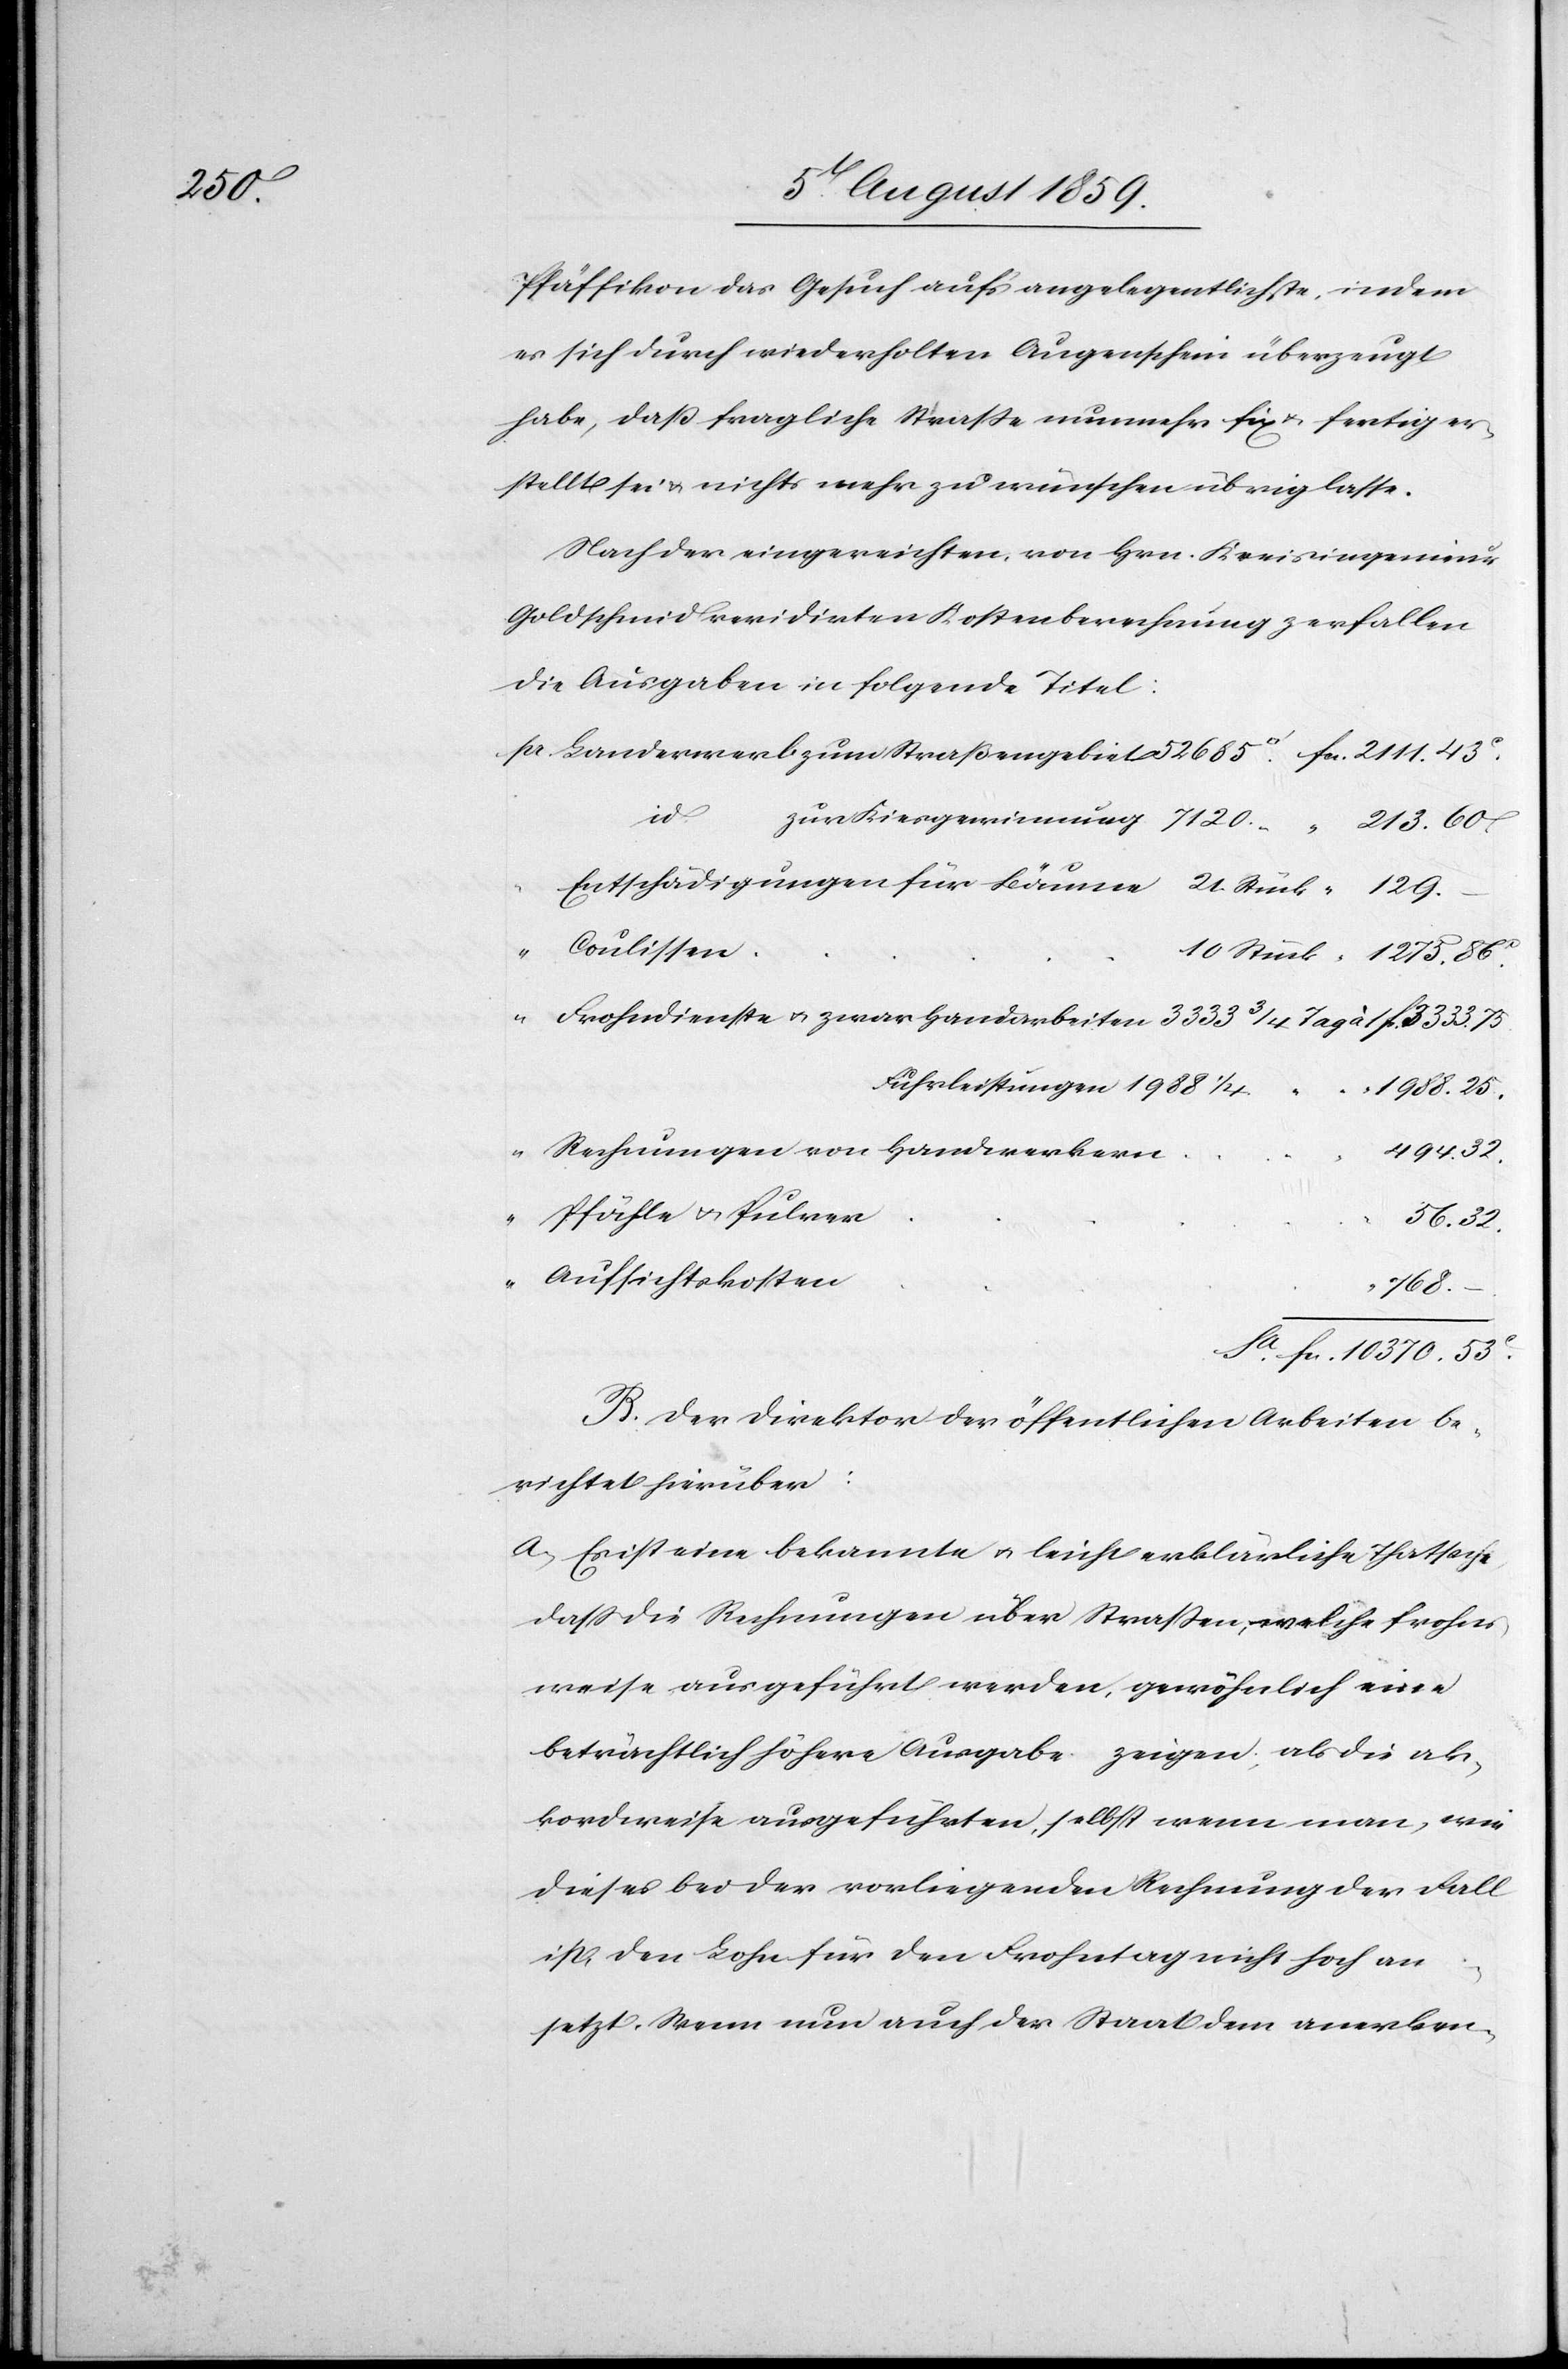
10370.

494.

Pfäffikon das Gesuch auf’s angelegentlichste, indem
es sich durch wiederholten Augenschein überzeugt
habe, daß fragliche Straße nunmehr fix u. fertig er¬
stellt sei u. nichts mehr zu wünschen übrig lasse.
Nach der eingereichten, von Hrn. Kreisingenieur
Goldschmid revidierten Kostenberechnung zerfallen
die Ausgaben in folgende Titel:
id.
Coulissen
Rechnungen von Handwerkern
Pfähle u. Pulver
32.
Aufsichtskosten
768.
B. Der Direktor der öffentlichen Arbeiten be¬
richtet hierüber:
a. Es ist eine bekannte u. leicht erklärliche Thatsache,
daß die Rechnungen über Straßen, welche frohn¬
weise ausgeführt werden, gewöhnlich eine
beträchtlich höhere Ausgabe zeigen, als die ak¬
kordweise ausgeführten, selbst wenn man, wie
dieses bei der vorliegenden Rechnung der Fall
ist, den Lohn für den Frohntag nicht hoch an¬
c.
setzt. Wenn nun auch der Staat dem anerken-